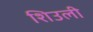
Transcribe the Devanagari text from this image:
शिउली